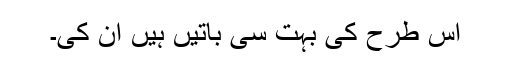
اس طرح کی بہت سی باتیں ہیں ان کی۔